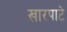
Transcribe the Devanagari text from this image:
खारपाटे